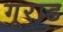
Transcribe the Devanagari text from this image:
गूराड